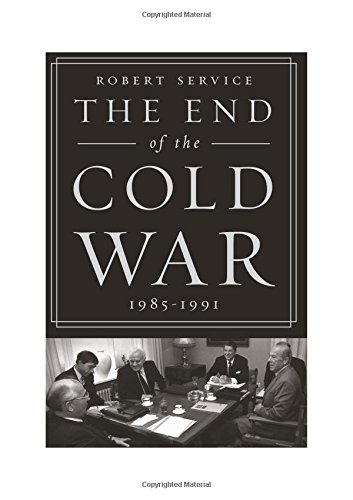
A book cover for The End of the Cold War: 1985-1991; Robert Service; History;